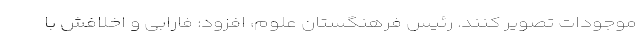
موجودات تصویر کنند. رئیس فرهنگستان علوم، افزود: فارابی و اخلافش با